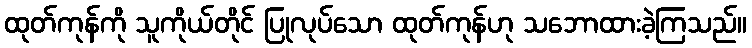
ထုတ်ကုန်ကို သူကိုယ်တိုင် ပြုလုပ်သော ထုတ်ကုန်ဟု သဘောထားခဲ့ကြသည်။